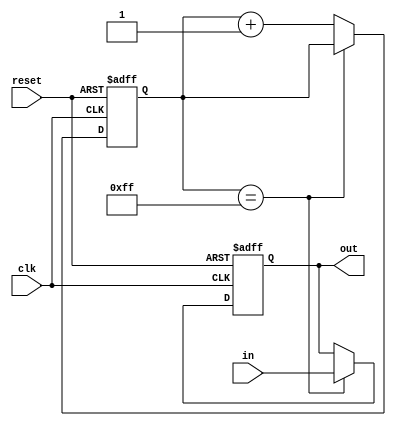
module BufferDelay(
    input wire clk,
    input wire reset,
    input wire in,
    output reg out
);

reg [7:0] delay_counter;

always @(posedge clk or posedge reset) begin
    if (reset) begin
        delay_counter <= 8'b00000000;
        out <= 1'b0;
    end else begin
        if (delay_counter == 8'b11111111) begin
            out <= in;
        end else begin
            delay_counter <= delay_counter + 1;
        end
    end
end

endmodule